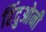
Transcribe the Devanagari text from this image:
हिंदुओनी